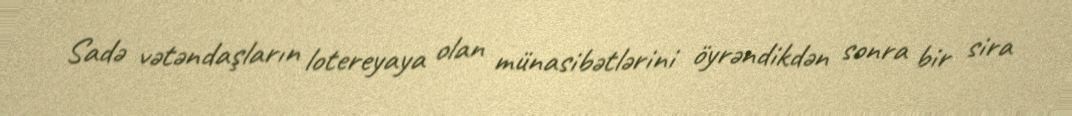
Sadə vətəndaşların lotereyaya olan münasibətlərini öyrəndikdən sonra bir sira